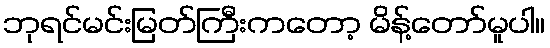
ဘုရင်မင်းမြတ်ကြီးကတော့ မိန့်တော်မူပါ။